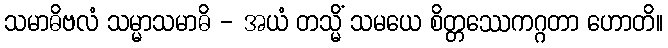
သမာဓိဗလံ သမ္မာသမာဓိ - အယံ တသ္မိံ သမယေ စိတ္တဿေကဂ္ဂတာ ဟောတိ။